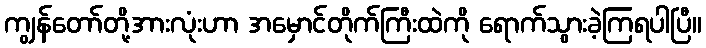
ကျွန်တော်တို့အားလုံးဟာ အမှောင်တိုက်ကြီးထဲကို ရောက်သွားခဲ့ကြရပါပြီ။